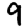
Digit: 9